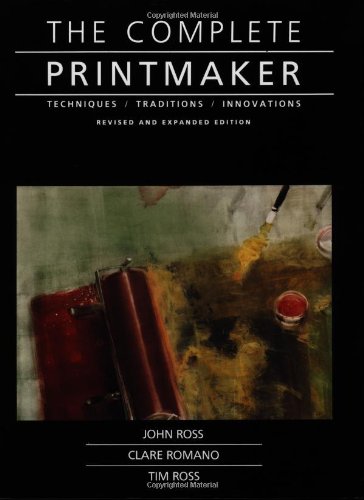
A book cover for The Complete Printmaker: Techniques, Traditions, Innovations; John Ross; Arts & Photography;